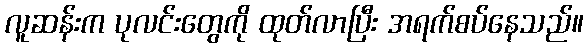
လူဆန်းက ပုလင်းတွေကို ထုတ်လာပြီး အရက်စပ်နေသည်။